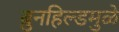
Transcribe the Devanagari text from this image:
ब्रुनहिल्डमुळे